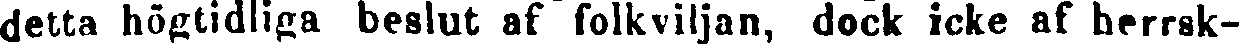
detta högtidliga beslut af folkviljan, dock icke af herrsk-